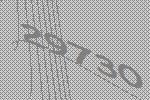
29730